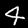
Digit: 4